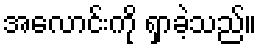
အလောင်းကို ရှာခဲ့သည်။